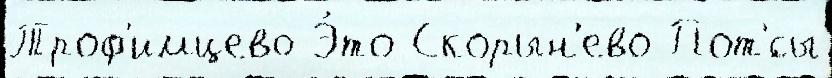
Троф'имцево Э́то Скорын'ево Пот'́сы